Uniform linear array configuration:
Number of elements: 32
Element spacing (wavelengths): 0.75
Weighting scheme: binomial
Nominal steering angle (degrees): -15
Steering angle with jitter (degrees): -15.921
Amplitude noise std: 0.05
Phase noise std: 0.05

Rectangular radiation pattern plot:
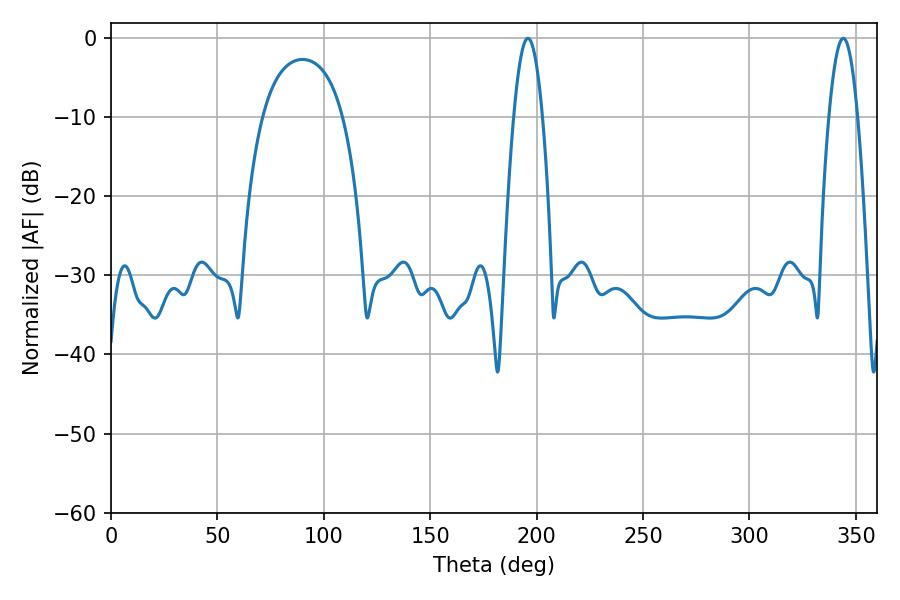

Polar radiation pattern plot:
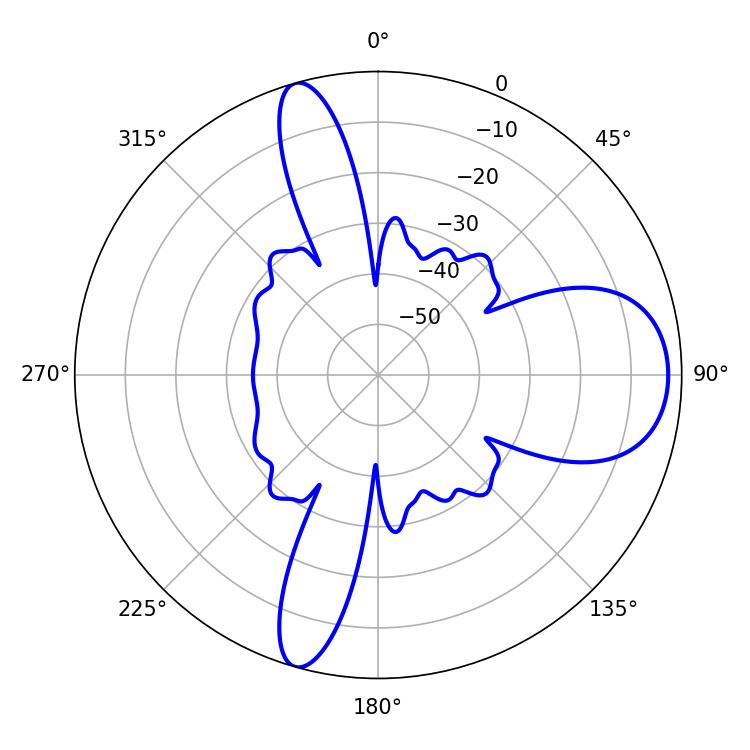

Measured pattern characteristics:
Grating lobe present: TRUE
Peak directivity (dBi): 10.683
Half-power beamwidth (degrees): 7.38
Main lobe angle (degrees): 195.84